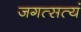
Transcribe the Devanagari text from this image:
जगत्सत्यं